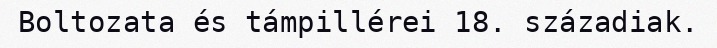
Boltozata és támpillérei 18. századiak.